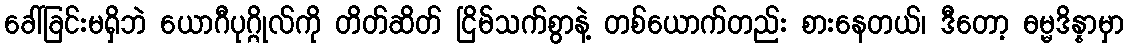
ခေါ်ခြင်းမရှိဘဲ ယောဂီပုဂ္ဂိုလ်ကို တိတ်ဆိတ် ငြိမ်သက်စွာနဲ့ တစ်ယောက်တည်း စားနေတယ်၊ ဒီတော့ ဓမ္မဒိန္နာမှာ